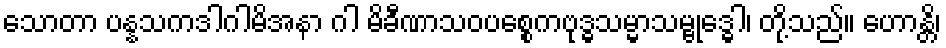
သောတာ ပန္နသကဒါဂါမိအနာ ဂါ မိခီဏာသဝပစ္စေကဗုဒ္ဓသမ္မာသမ္ဗုဒ္ဓေါ၊ တို့သည်။ ဟောန္တိ၊